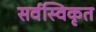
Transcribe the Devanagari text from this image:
सर्वस्विकृत